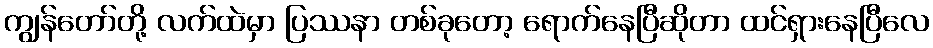
ကျွန်တော်တို့ လက်ထဲမှာ ပြဿနာ တစ်ခုတော့ ရောက်နေပြီဆိုတာ ထင်ရှားနေပြီလေ